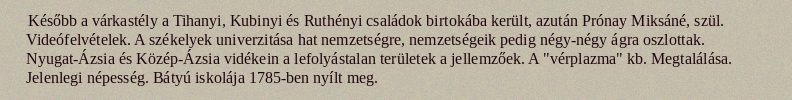
Később a várkastély a Tihanyi, Kubinyi és Ruthényi családok birtokába került, azután Prónay Miksáné, szül. Videófelvételek. A székelyek univerzitása hat nemzetségre, nemzetségeik pedig négy-négy ágra oszlottak. Nyugat-Ázsia és Közép-Ázsia vidékein a lefolyástalan területek a jellemzőek. A "vérplazma" kb. Megtalálása. Jelenlegi népesség. Bátyú iskolája 1785-ben nyílt meg.